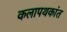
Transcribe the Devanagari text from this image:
कलापथकांत